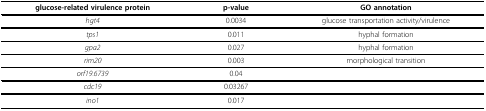
| glucose-related virulence protein | p-value | GO annotation |
 | --- | --- | --- |
 | hgt4 | 0.0034 | glucose transportation activity/virulence |
 | tps1 | 0.011 | hyphal formation |
 | gpa2 | 0.027 | hyphal formation |
 | rim20 | 0.003 | morphological transition |
 | orf19.6739 | 0.04 |  |
 | cdc19 | 0.03267 |  |
 | ino1 | 0.017 |  |